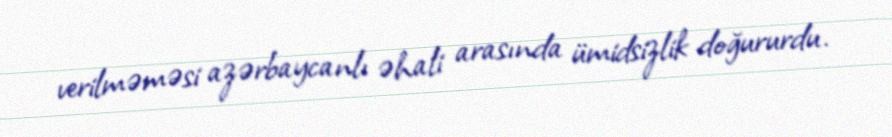
verilməməsi azərbaycanlı əhali arasında ümidsizlik doğururdu.